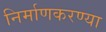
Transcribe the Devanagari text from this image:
निर्माणकरण्या